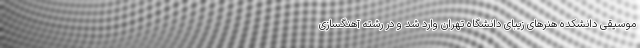
موسیقی دانشکده هنرهای زیبای دانشگاه تهران وارد شد و در رشته آهنگسازی